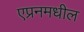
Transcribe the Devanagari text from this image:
एप्रनमधील